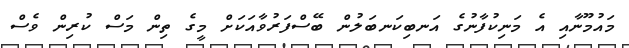
މައުމޫނާއި އެ މަނިކުފާނުގެ އަނބިކަނބަލުން ބޭސްފަރުވާއަކަށް މީގެ ތިން މަސް ކުރިން ވެސް